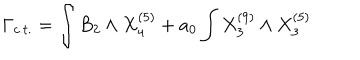
\Gamma _ { c . t . } = \int B _ { 2 } \wedge X _ { 4 } ^ { ( 5 ) } + a _ { 0 } \int X _ { 3 } ^ { ( 9 ) } \wedge X _ { 3 } ^ { ( 5 ) }